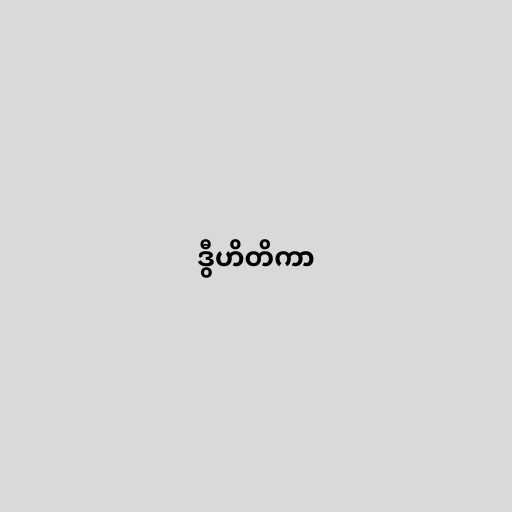
ဒွီဟိတိကာ